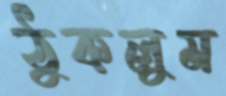
ঠুকলুম